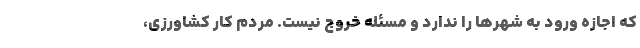
که اجازه ورود به شهرها را ندارد و مسئله خروج نیست. مردم کار کشاورزی،